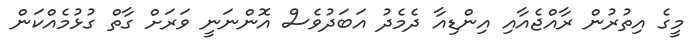
މީގެ އިތުރުން ރާއްޖެއާއި އިންޑިއާ ދެމެދު އަބަދުވެސް އޮންނަނީ ވަރަށް ގާތް ގުޅުމެއްކަން